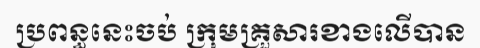
ប្រពន្ធនេះចប់ ក្រុមគ្រួសារខាងលើបាន